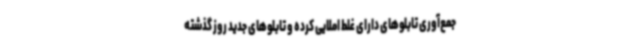
جمع‌آوری تابلوهای دارای غلط املایی کرده و تابلوهای جدید روز گذشته